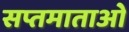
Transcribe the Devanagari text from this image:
सप्तमाताओं